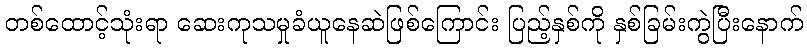
တစ်ထောင့်သုံးရာ ဆေးကုသမှုခံယူနေဆဲဖြစ်ကြောင်း ပြည့်နှစ်ကို နှစ်ခြမ်းကွဲပြီးနောက်